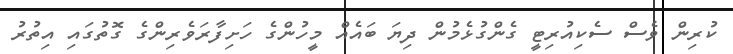
ކުރިން ވެސް ސެކިއުރިޓީ ގެންގުޅެމުން ދިޔަ ބައެއް މީހުންގެ ހަށިފާރަވެރިންގެ ގޮތުގައި އިތުރު